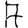
Digit: 7